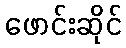
ဖောင်းဆိုင်